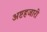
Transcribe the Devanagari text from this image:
अष्टहजारी